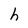
Character: h